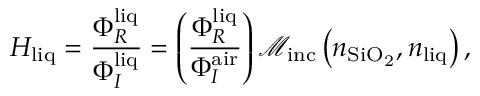
H _ { \mathrm { l i q } } = \frac { \Phi _ { R } ^ { \mathrm { l i q } } } { \Phi _ { I } ^ { \mathrm { l i q } } } = \left( \frac { \Phi _ { R } ^ { \mathrm { l i q } } } { \Phi _ { I } ^ { \mathrm { a i r } } } \right) \mathcal { M } _ { \mathrm { i n c } } \left( n _ { \mathrm { S i O _ { 2 } } } , n _ { \mathrm { l i q } } \right) ,